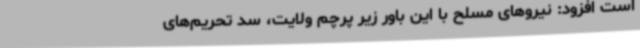
است افزود: نیروهای مسلح با این باور زیر پرچم ولایت، سد تحریم‌های